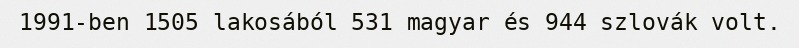
1991-ben 1505 lakosából 531 magyar és 944 szlovák volt.